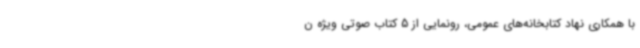
با همکاری نهاد کتابخانه‌های عمومی، رونمایی از 5 کتاب‌ صوتی ویژه ن